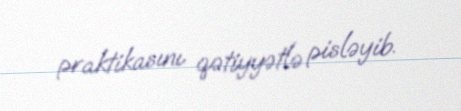
praktikasını qətiyyətlə pisləyib.